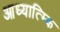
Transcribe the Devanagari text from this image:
आध्यात्म्कि